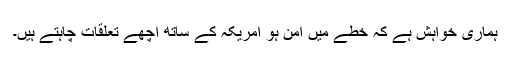
ہماری خواہش ہے کہ خطے میں امن ہو امریکہ کے ساتھ اچھے تعلقات چاہتے ہیں۔